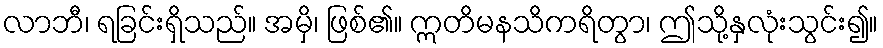
လာဘီ၊ ရခြင်းရှိသည်။ အမှိ၊ ဖြစ်၏။ ဣတိမနသိကရိတွာ၊ ဤသို့နှလုံးသွင်း၍။